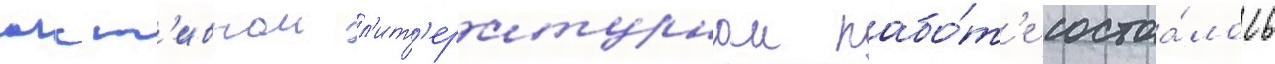
акт'ивнои л'ит'ературнои рабо́т'е состоа́лось